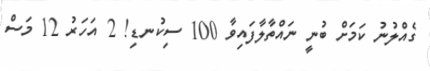
ގެއްލުނު ކަމަށް ބުނީ ނައްތާލާފައިވާ 100 ސިކުނޑި! 2 އަހަރު 12 މަސް